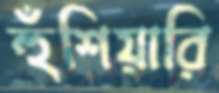
হুঁশিয়ারি